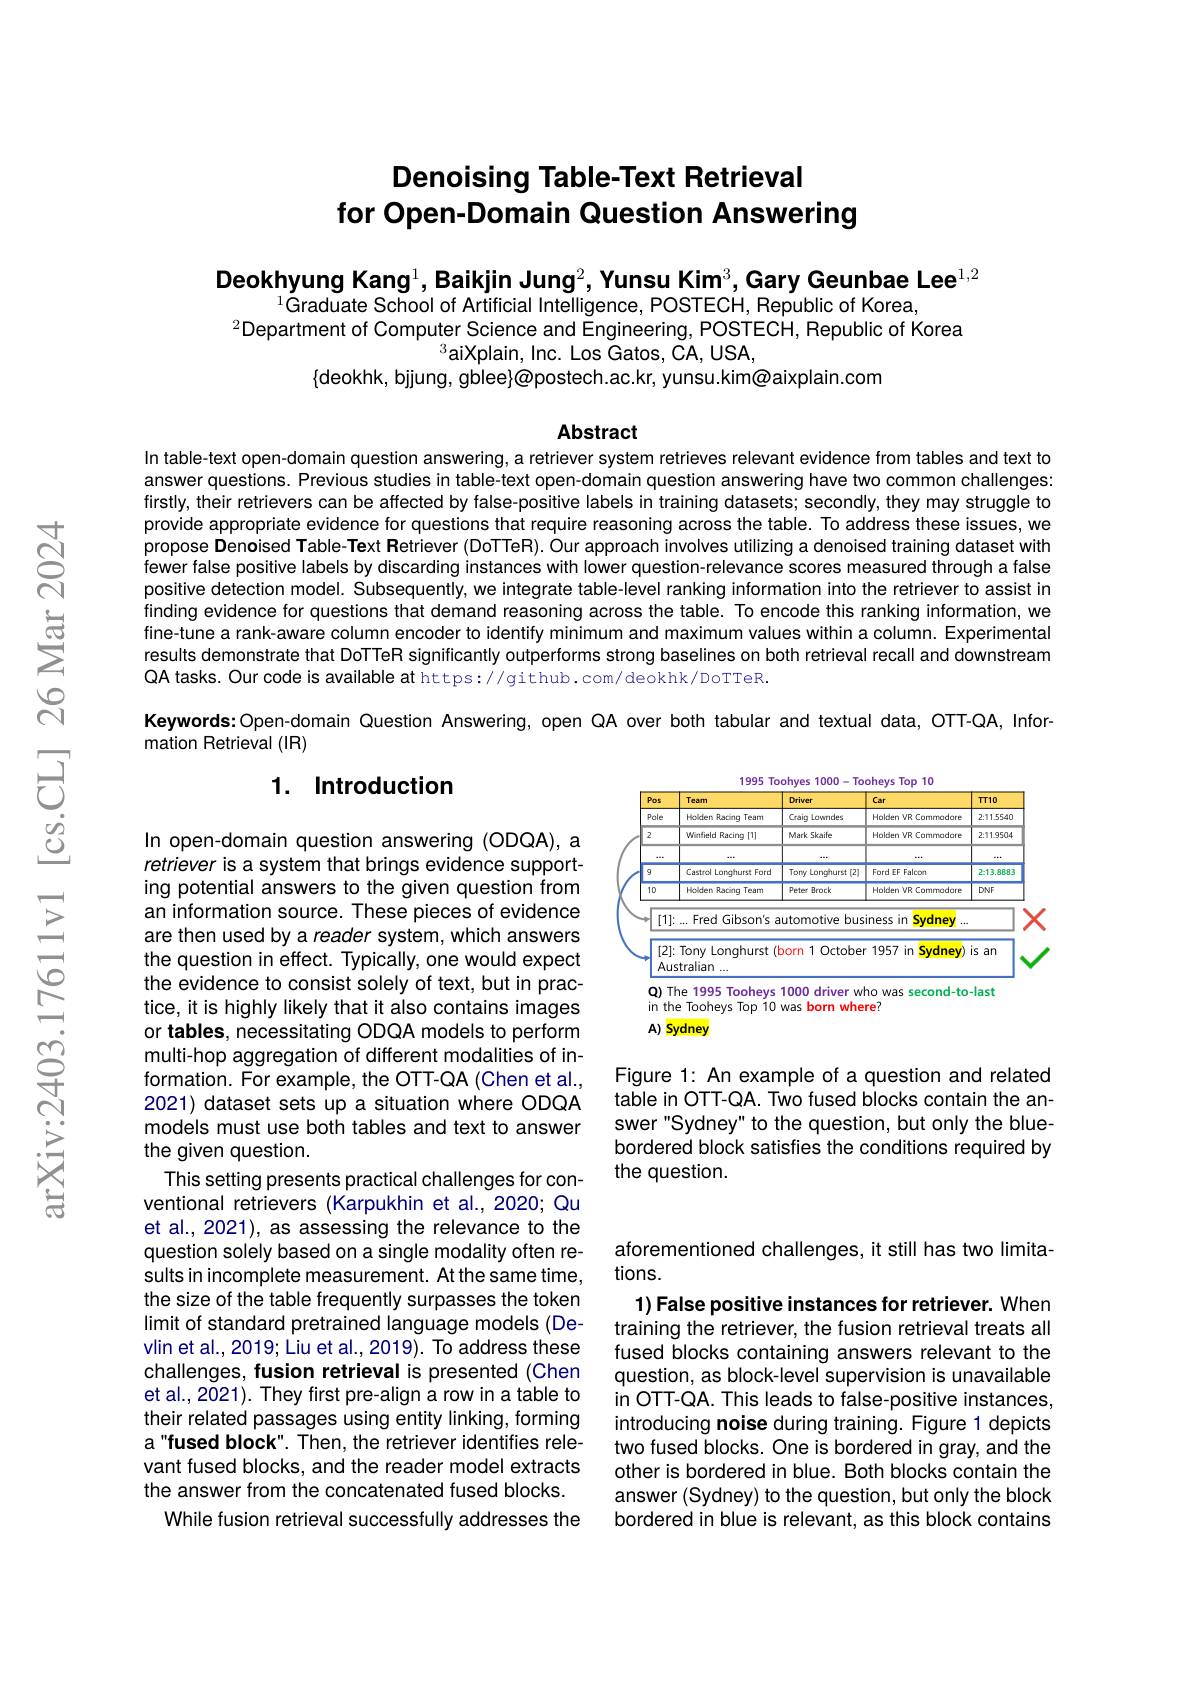
# Denoising Table-Text Retrieval for Open-Domain Question Answering

Deokhyung Kang$^1$,Baikjin Jung$^2$, Yunsu Kim$^3$,Gary Geunbae Lee$^{1,2}$
$^{1}$Graduate School of Artificial Intelligence, POSTECH, Republic of Korea,
$^{2}$Department of Computer Science and Engineering, POSTECH, Republic of Korea
$^{3}$aiXplain, Inc. Los Gatos, CA, USA,
$\{$deokhk, bjjung, gblee}@postech.ac.kr, yunsu.kim@aixplain.com

Abstract

In table-text open-domain question answering, a retriever system retrieves relevant evidence from tables and text to answer questions. Previous studies in table-text open-domain question answering have two common challenges: firstly, their retrievers can be affected by false-positive labels in training datasets; secondly, they may struggle to provide appropriate evidence for questions that require reasoning across the table. To address these issues, we propose Denoised Table- Text Retriever (DoTTeR). Our approach involves utilizing a denoised training dataset with fewer false positive labels by discarding instances with Iower question-relevance scores measured through a false positive detection model. Subsequently, we integrate table-level ranking information into the retriever to assist in finding evidence for questions that demand reasoning across the table. To encode this ranking information, we fine-tune a rank-aware column encoder to identify minimum and maximum values within a column. Experimental results demonstrate that DoTTeR significantly outperforms strong baselines on both retrieval recall and downstream QA tasks. Our code is available at https://github.com/deokhk/DoTTeR.
Keywords: Open-domain Question Answering, open QA over both tabular and textual data, OTT-QA, Infor-

mation Retrieval (IR)

1995 Toohyes 1000
<FigureHere>

### 1. Introduction

$A)$ Sydney

Figure 1: An example of a question and related table in OTT-QA. Two fused blocks contain the answer"Sydney" to the question, but only the bluebordered block satisfies the conditions required by the question.

In open-domain question answering (ODQA), a retriever is a system that brings evidence supporting potential answers to the given question from an information source. These pieces of evidence are then used by a reader system, which answers the question in effect. Typically, one would expect the evidence to consist solely of text, but in practice, it is highly likely that it also contains images or tables, necessitating ODQA models to perform multi-hop aggregation of different modalities of information. For example, the OTT-QA (Chen et al., 2021) dataset sets up a situation where ODQA models must use both tables and text to answer the given question.
This setting presents practical challenges for conventional retrievers (Karpukhin et al., 2020; Qu et al., 2021), as assessing the relevance to the question solely based on a single modality often results in incomplete measurement. At the same time, the size of the table frequently surpasses the token limit of standard pretrained language models (Devlin et al., 2019; Liu et al., 2019). To address these challenges, fusion retrieval is presented (Chen et al., 2021). They first pre-align a row in a table to their related passages using entity linking, forming a"fused block". Then, the retriever identifies relevant fused blocks, and the reader model extracts the answer from the concatenated fused blocks.
While fusion retrieval successfully addresses the

aforementioned challenges, it still has two limita-
tions.

1) False positive instances for retriever. When training the retriever, the fusion retrieval treats all fused blocks containing answers relevant to the question, as block-level supervision is unavailable in OTT-QA. This leads to false-positive instances, introducing noise during training. Figure 1 depicts two fused blocks. One is bordered in gray, and the other is bordered in blue. Both blocks contain the answer (Sydney) to the question, but only the block bordered in blue is relevant, as this block contains